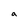
Character: a